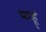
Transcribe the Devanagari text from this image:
पाहू्ं